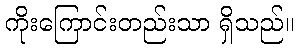
ကိုးကြောင်းတည်းသာ ရှိသည်။